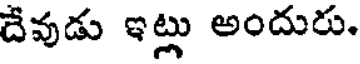
దేవుడు ఇట్లు అందురు.